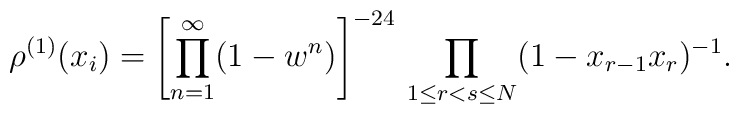
\rho^{(1)}(x_i)= \left[\prod_{n=1}^{\infty}	 (1 - w^n) \right]^{-24}\,	\prod_{1\leq r<s\leq N} (1 - x_{r-1}x_r)^{-1}.